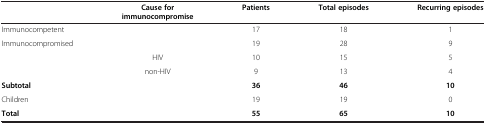
|  | Cause for immunocompromise | Patients | Total episodes | Recurring episodes |
 | --- | --- | --- | --- | --- |
 | Immunocompetent |  | 17 | 18 | 1 |
 | Immunocompromised |  | 19 | 28 | 9 |
 |  | HIV | 10 | 15 | 5 |
 |  | non-HIV | 9 | 13 | 4 |
 | Subtotal |  | 36 | 46 | 10 |
 | Children |  | 19 | 19 | 0 |
 | Total |  | 55 | 65 | 10 |